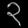
Digit: ၃